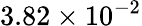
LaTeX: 3.82\times 10^{-2}